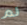
لم